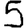
Digit: 5